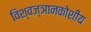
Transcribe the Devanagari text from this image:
विश्वज्ञानकोशीय